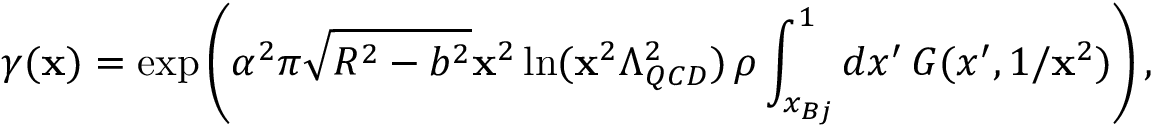
\gamma ( { \bf x } ) = \exp \left( \alpha ^ { 2 } \pi \sqrt { R ^ { 2 } - b ^ { 2 } } { \bf x } ^ { 2 } \ln ( { \bf x } ^ { 2 } \Lambda _ { Q C D } ^ { 2 } ) \, \rho \int _ { x _ { B j } } ^ { 1 } d x ^ { \prime } \, G ( x ^ { \prime } , 1 / { \bf x } ^ { 2 } ) \right) ,